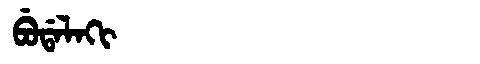
Manchu: ᠪᡠᡩᠠᠯᠠᡴᡳ
Romanization: BUDALAKI